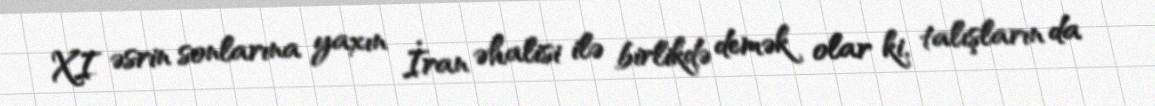
XI əsrin sonlarına yaxın İran əhalisi ilə birlikdə demək olar ki, talışların da